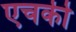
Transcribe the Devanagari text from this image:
एचकी